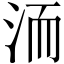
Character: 洏